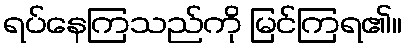
ရပ်နေကြသည်ကို မြင်ကြရ၏။